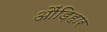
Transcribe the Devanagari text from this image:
औंड़िहार